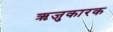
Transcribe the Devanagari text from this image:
ऋजुकारक